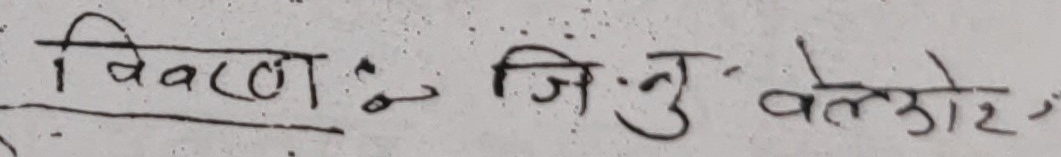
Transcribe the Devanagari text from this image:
विवरण : जि.नु वेल्लोर